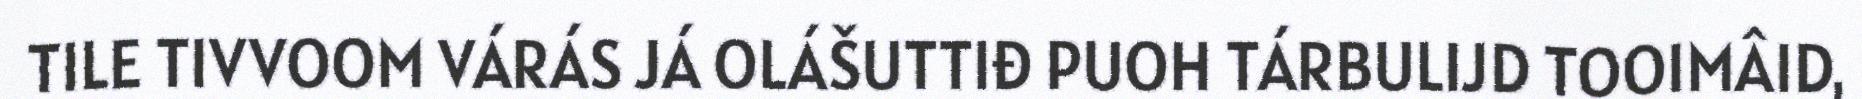
TILE TIVVOOM VÁRÁS JÁ OLÁŠUTTIĐ PUOH TÁRBULIJD TOOIMÂID,